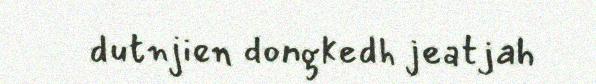
dutnjien dongkedh jeatjah